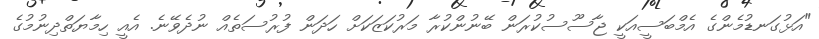
"އަޅުގަނޑުމެންގެ އެމްބަސީއަކީ ޖާސޫސުކުރަން ބޭނުންކުރާ މަރުކަޒަކަށް ހަދަން ފުރުސަތެއް ނުދެވޭނެ. އެއީ ހިމާޔަތްދިނުމުގެ